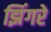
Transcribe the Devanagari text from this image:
झिंगरे